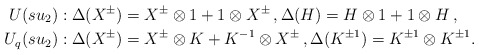
\begin{align*} U(su_2):{}& \Delta(X^{\pm}) = X^{\pm} \otimes 1 + 1 \otimes X^{\pm} \,, \Delta(H) = H \otimes 1 + 1 \otimes H \,,\\ U_q(su_2):{}& \Delta(X^{\pm}) = X^{\pm} \otimes K + K^{-1} \otimes X^{\pm} \,, \Delta(K^{\pm 1}) = K^{\pm 1} \otimes K^{\pm 1} .\end{align*}